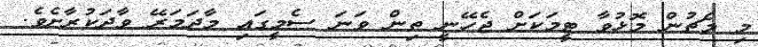
މި މެޗުން މޮޅުވާ ޓީމަކަށް ޖެހޭނީ ތިން ވަނަ ސެމީގައި މާދަމަރޭ ވާދަކުރާށެވެ.